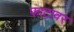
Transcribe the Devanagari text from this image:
फाटावर